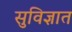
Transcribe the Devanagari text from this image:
सुविज्ञात